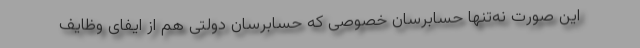
این صورت نه‌تنها حسابرسان خصوصی كه حسابرسان دولتی هم از ایفای وظایف